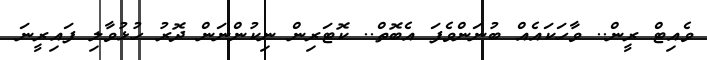
ވެއިޓް ރީން.. ވާހަކައެއް ބުނަންވެފަ އެބޮތް.. ކޮޓަރިން ނިކުންނަން ދޮރު ހުޅުވާލި ފައިރީނަ